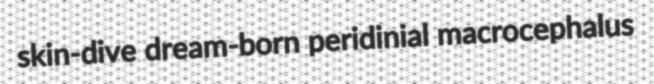
skin-dive dream-born peridinial macrocephalus